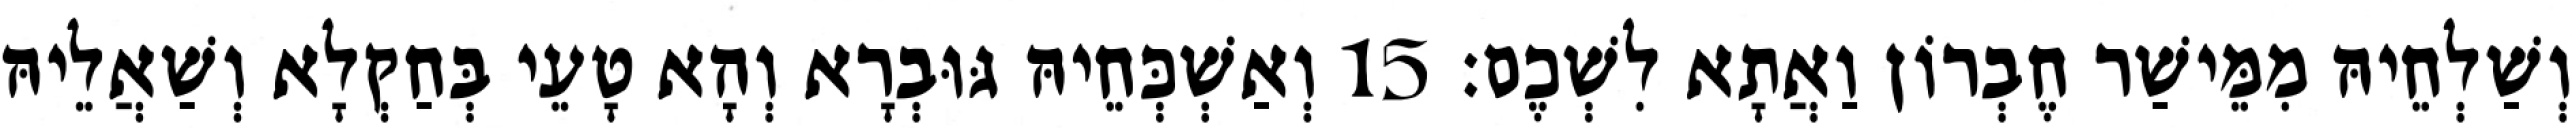
וְשַׁלְחֵיהּ מִמֵּישַׁר חֶבְרוֹן וַאֲתָא לִשְׁכֶם׃ 15 וְאַשְׁכְּחֵיהּ גּוּבְרָא וְהָא טָעֵי בְּחַקְלָא וְשַׁאֲלֵיהּ